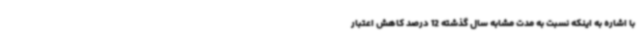
با اشاره به اینکه نسبت به مدت مشابه سال گذشته 12 درصد کاهش اعتبار